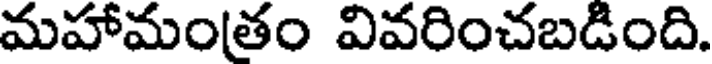
మహామంతం వివరించబడింది.